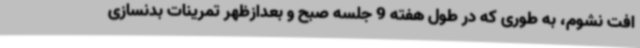
افت نشوم، به طوری که در طول هفته 9 جلسه صبح و بعدازظهر تمرینات بدنسازی